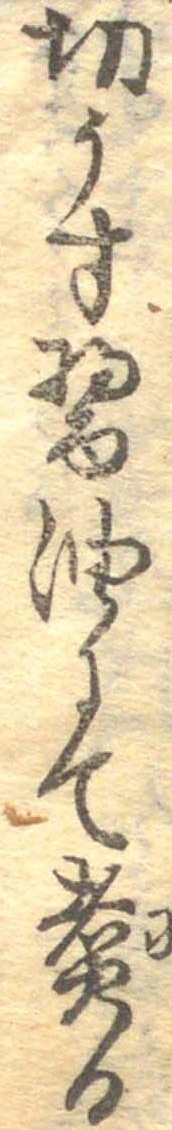
切うす醤油にて煮る